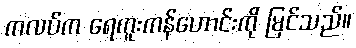
ကလပ်က ရေကူးကန်ဟောင်းကို မြင်သည်။